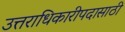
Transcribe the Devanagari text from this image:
उत्तराधिकारीपदासाठी